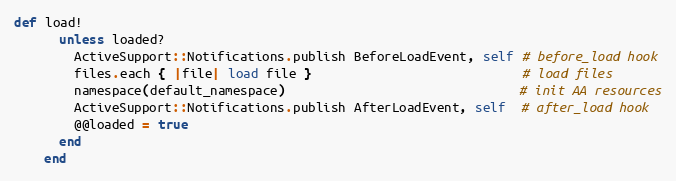
Language: Ruby
def load!
      unless loaded?
        ActiveSupport::Notifications.publish BeforeLoadEvent, self # before_load hook
        files.each { |file| load file }                            # load files
        namespace(default_namespace)                               # init AA resources
        ActiveSupport::Notifications.publish AfterLoadEvent, self  # after_load hook
        @@loaded = true
      end
    end